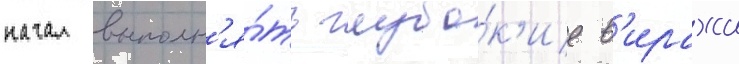
начал выполн'я́ть глубо́к'ие в'иражи